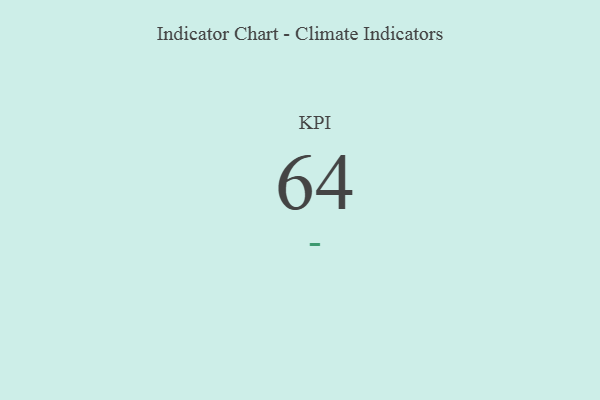
{"axis": {"x": "KPI", "y": "Value"}, "legend": [""], "data": [{"x": "KPI", "y": 64, "type": ""}]}